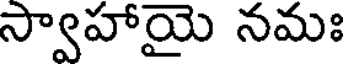
స్వాహాయై నమః